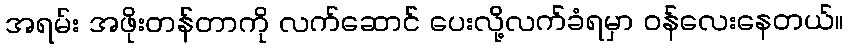
အရမ်း အဖိုးတန်တာကို လက်ဆောင် ပေးလို့လက်ခံရမှာ ဝန်လေးနေတယ်။